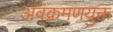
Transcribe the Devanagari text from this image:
अवक्रमणयुक्त